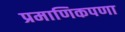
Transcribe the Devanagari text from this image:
प्रमाणिकपणा